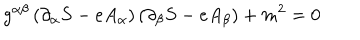
g ^ { \alpha \beta } \left( \partial _ { \alpha } S - e A _ { \alpha } \right) \left( \partial _ { \beta } S - e A _ { \beta } \right) + m ^ { 2 } = 0